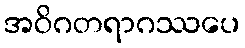
အဝိဂတရာဂဿပေ